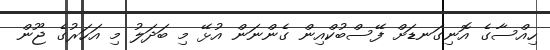
ހިއްސާގެ އޮނިގަނޑަށް ފޭސްބުކްއިން ގެންނަން އުޅޭ މި ބަދަލު މި އަހަރުގެ ޖޫން